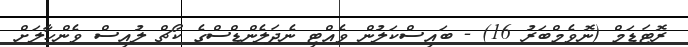
ރޮޓަޑަމް (ނޮވެމްބަރު 16) - ބައިސްކަލުން ވެއްޓި ނެދަލެންޑްސްގެ ކޯޗް ލުއިސް ވެންހާލަށް